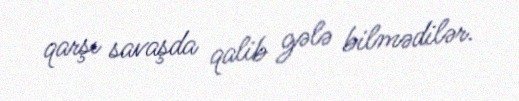
qarşı savaşda qalib gələ bilmədilər.